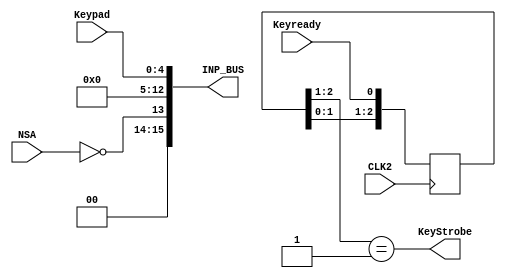
module ng_INP(
	input  						CLK2,				// AGC Main Clock
	input  						NSA,				// Stanby, negative logic
	input  		[ 4:0]		Keypad,			// Keypad input port
	input							Keyready,		// Signals a key value is ready
	output  		[15:0]		INP_BUS,			// Input Port output
	output  						KeyStrobe		// Short key strobe output
);

assign INP_BUS   = {2'b00, !NSA, 8'h00, Keypad};
//assign KeyStrobe = Keyready;

//-----------------------------------------------------------------------------
// Find Rising edge of Key ready line using a 3-bits shift register
// and syncronize it to the AGC main clock.
//-----------------------------------------------------------------------------
reg [2:0] DRedge;  
always @(posedge CLK2) DRedge <= {DRedge[1:0], Keyready};
wire DR_risingedge  = (DRedge[2:1] == 2'b01);      // now we can detect DR rising edge
assign KeyStrobe = DR_risingedge;

// --------------------------------------------------------------------
endmodule